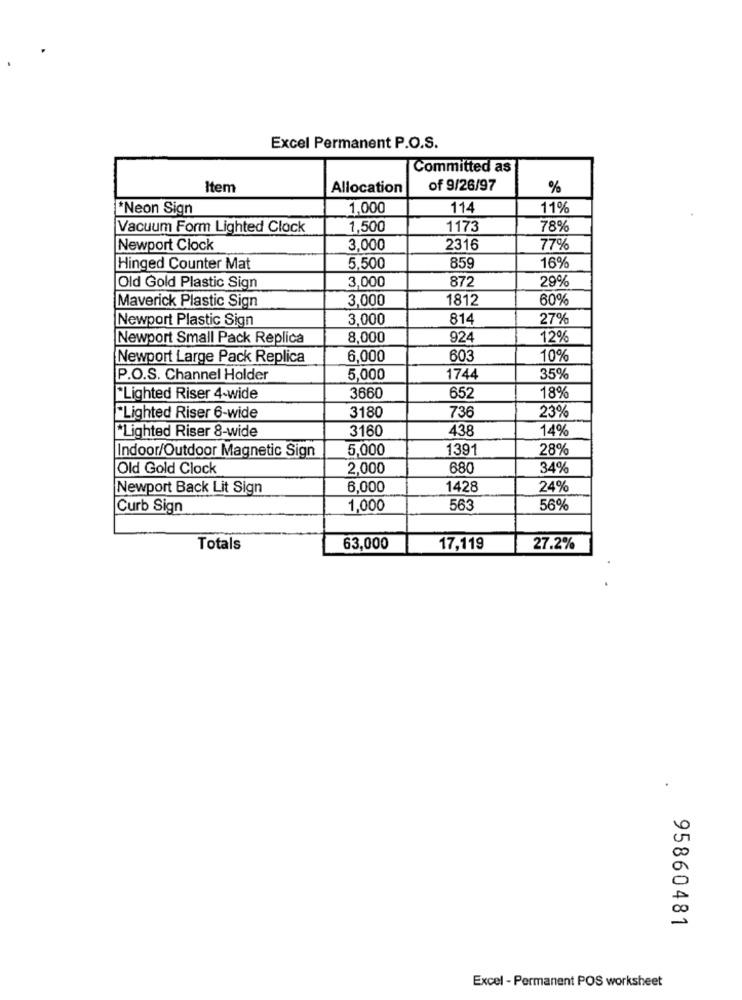
Excel Permanent P.O.S.
Committed as
Item
Allocation
of 9/26/97
%
*Neon Sign
1,000
114
11%
Vacuum Form Lighted Clock
1,500
1173
78%
Newport Clock
3,000
2316
77%
Hinged Counter Mat
5,500
859
16%
Old Gold Plastic Sign
3.000
872
29%
Maverick Plastic Sign
3.000
1812
60%
Newport Plastic Sign
3.000
814
27%
Newport Small Pack Replica
8,000
924
12%
Newport Large Pack Replica
6,000
603
10%
P.O.S. Channel Holder
5,000
1744
35%
"Lighted Riser 4-wide
3660
652
18%
"Lighted Riser 6-wide
3180
736
23%
3160
438
14%
*Lighted Riser 8-wide
5,000
1391
28%
Indoor/Outdoor Magnetic Sign
Old Gold Clock
2,000
680
34%
Newport Back Lit Sign
6,000
1428
24%
Curb Sign
1,000
563
56%
Totals
63,000
17,119
27.2%
95860481
Excel - Permanent POS worksheet